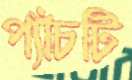
প্যাঁচটি